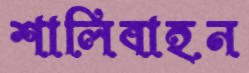
শালিবাহন